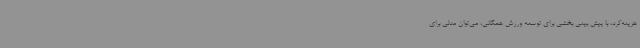
هزینه‌کرد، با پیش بینی بخشی برای توسعه ورزش همگانی، می‌توان مدلی برای